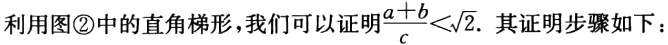
利用图\textcircled{2}中的直角梯形，我们可以证明$\frac{a + b}{c}<\sqrt{2}$. 其证明步骤如下：